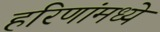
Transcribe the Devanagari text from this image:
हरिणांमध्ये